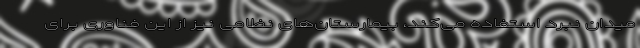
میدان نبرد استفاده می‌کند، بیمارستان‌های نظامی نیز از این فناوری برای